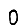
Digit: 0